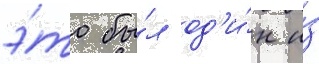
э́то бы́л од'и́н и́з